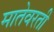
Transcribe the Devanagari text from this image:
मातेवरती